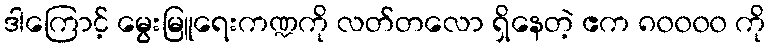
ဒါကြောင့် မွေးမြူရေးကဏ္ဍကို လတ်တလော ရှိနေတဲ့ ဧက ၈၀၀၀၀ ကို